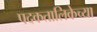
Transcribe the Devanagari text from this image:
पदकतालिकेच्या